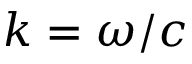
k = \omega / c